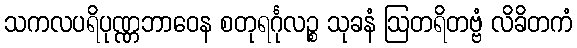
သကလပရိပုဏ္ဏဘာဝေန စတုရင်္ဂုလဉ္စ သုခနံ ဩတရိတဗ္ဗံ လိခိတကံ